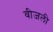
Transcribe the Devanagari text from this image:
वीजली